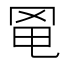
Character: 𦊣